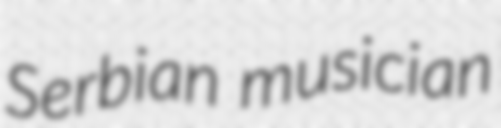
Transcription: Serbian musician